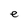
Character: e